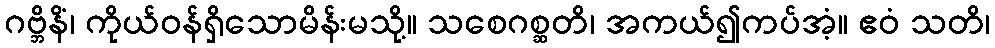
ဂဗ္ဘိနိံ၊ ကိုယ်ဝန်ရှိသောမိန်းမသို့။ သစေဂစ္ဆတိ၊ အကယ်၍ကပ်အံ့။ ဧဝံ သတိ၊